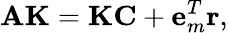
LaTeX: \mathbf{AK}=\mathbf{KC}+\mathbf{e}_{m}^{T}\mathbf{r},